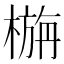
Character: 㮵